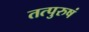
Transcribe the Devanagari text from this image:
तत्पुरुषं